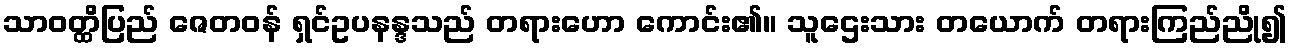
သာဝတ္ထိပြည် ဇေတဝန် ရှင်ဥပနန္ဒသည် တရားဟော ကောင်း၏။ သူဌေးသား တယောက် တရားကြည်ညို၍